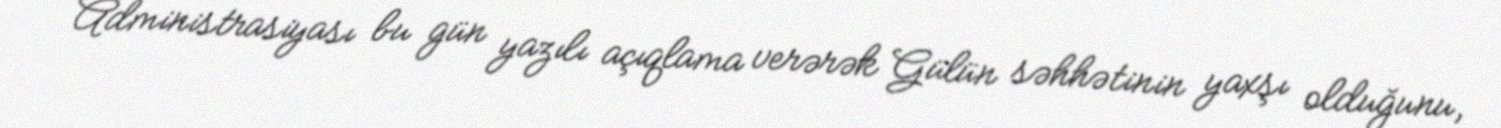
Administrasiyası bu gün yazılı açıqlama verərək Gülün səhhətinin yaxşı olduğunu,